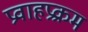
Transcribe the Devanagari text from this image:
प्रवाहप्रक्रम